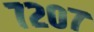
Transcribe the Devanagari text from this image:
७२०७